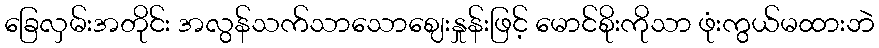
ခြေလှမ်းအတိုင်း အလွန်သက်သာသောဈေးနှုန်းဖြင့် မောင်စိုးကိုသာ ဖုံးကွယ်မထားဘဲ